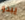
يبدو